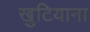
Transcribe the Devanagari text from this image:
खुटियाना